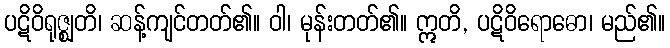
ပဋိဝိရုဇ္ဈတိ၊ ဆန့်ကျင်တတ်၏။ ဝါ၊ မုန်းတတ်၏။ ဣတိ, ပဋိဝိရောဓော၊ မည်၏။